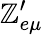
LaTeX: \mathbb{Z}_{e\mu}^{\prime}